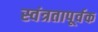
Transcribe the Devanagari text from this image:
स्वंत्रतापूर्वक